Senior Leaving Certificate Examination (including Day School Certificate (Higher) General paper), 1948
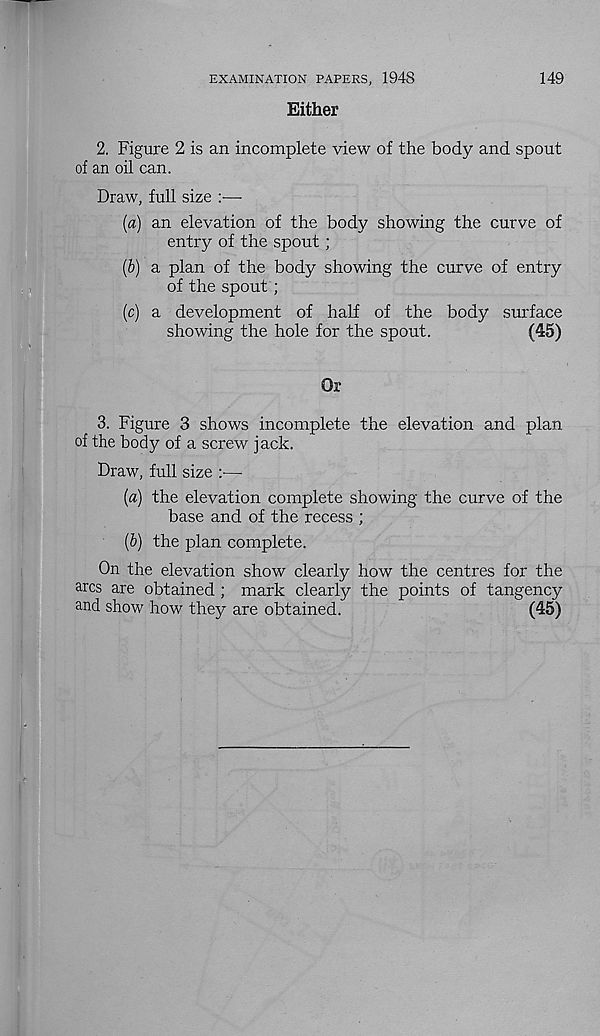
EXAMINATION PAPERS, 1948
Either
149
2. Figure 2 is an incomplete view of the body and spout
of an oil can.
Draw, full size —-
(а) an elevation of the body showing the curve of
entry of the spout;
(б) a plan of the body showing the curve of entry
of the spout;
(c) a development of half of the body surface
showing the hole for the spout.
(45)
Or
3. Figure 3 shows incomplete the elevation and plan
of the body of a screw jack.
Draw, full size
(a) the elevation complete showing the curve of the
base and of the recess ;
(b) the plan complete.
On the elevation show clearly how the centres for the
arcs are obtained ; mark clearly the points of tangency
and show how they are obtained.
(45)